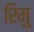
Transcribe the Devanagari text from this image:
रिमु